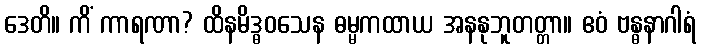
ဒေတိ။ ကိံ ကာရဏာ? ထိနမိဒ္ဓဝသေန ဓမ္မကထာယ အနနုဘူတတ္တာ။ ဧဝံ ဗန္ဓနာဂါရံ